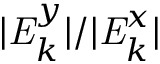
| \mathit { { E } } _ { k } ^ { y } | / | \mathit { { E } } _ { k } ^ { x } |